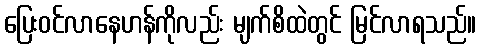
ပြေးဝင်လာနေဟန်ကိုလည်း မျက်စိထဲတွင် မြင်လာရသည်။